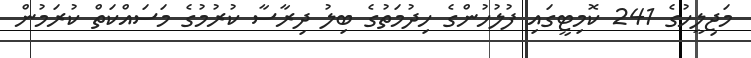
މަޖިލީހުގެ 241 ކޮމިޓީގައި ފުލުހުންގެ ހިދުމަތުގެ ބިލު ދިރާސާ ކުރުމުގެ މަސައްކަތް ކުރަމުން